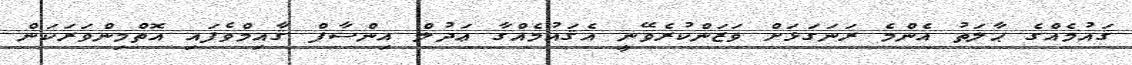
ޤައުމެއްގެ ޙާލަތު އެންމެ ރަނަގަޅަށް ވަޒަންކުރެވޭނީ އެޤައުމެއްގާ ޢަދުލް އިންސާފް ޤާއިމްވެފައި އޮތްމިންވަރަކަން